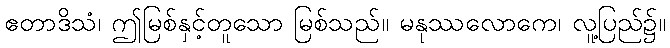
ဧတာဒိသံ၊ ဤမြစ်နှင့်တူသော မြစ်သည်။ မနုဿလောကေ၊ လူ့ပြည်၌။